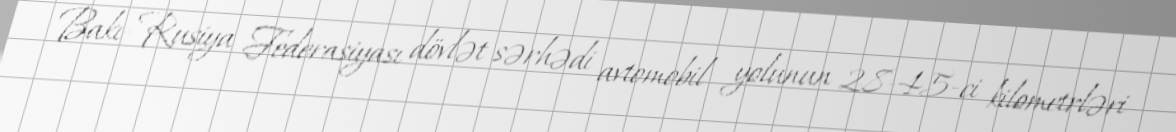
Bakı-Rusiya Federasiyası dövlət sərhədi avtomobil yolunun 28-45-ci kilometrləri